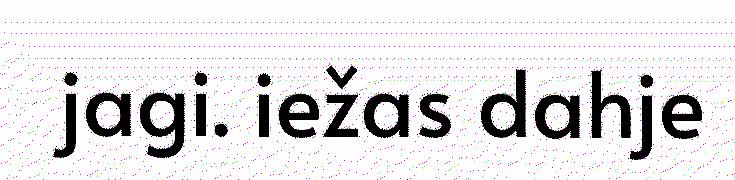
jagi. iežas dahje